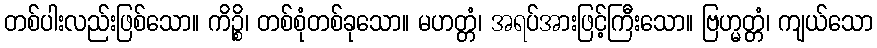
တစ်ပါးလည်းဖြစ်သော။ ကိဉ္စိ၊ တစ်စုံတစ်ခုသော။ မဟတ္တံ၊ အရပ်အားဖြင့်ကြီးသော။ ဗြဟ္မတ္တံ၊ ကျယ်သော